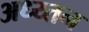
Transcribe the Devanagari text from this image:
अध्य्तन